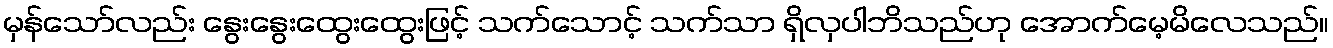
မှန်သော်လည်း နွေးနွေးထွေးထွေးဖြင့် သက်သောင့် သက်သာ ရှိလှပါဘိသည်ဟု အောက်မေ့မိလေသည်။